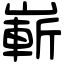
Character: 嶄